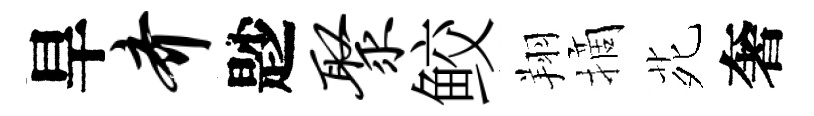
旱齐尟聚鲛翔摘𫟍奢